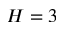
H = 3